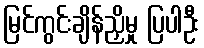
မြင်ကွင်းချိန်ညှိမှု ပြပါဦး